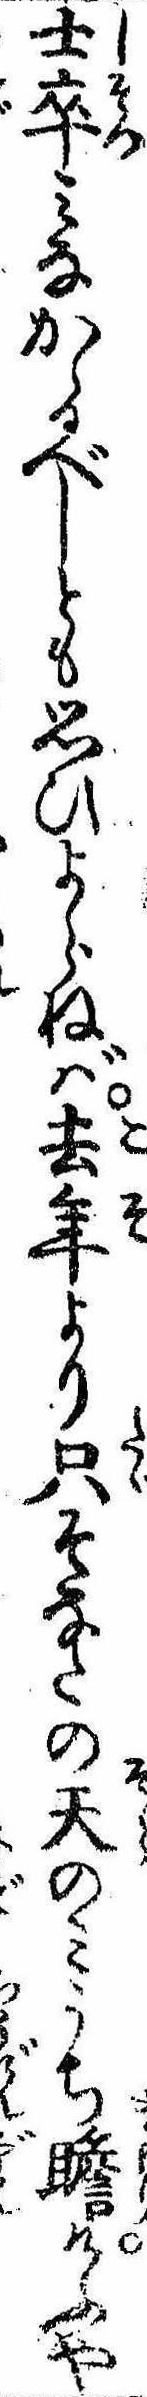
士卒みなかゝるべしとも思ひよらねば去年より只そなたの天のみうち瞻けふや